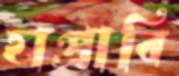
হাপ্‌রাবি